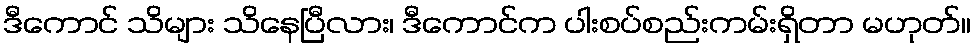
ဒီကောင် သိများ သိနေပြီလား၊ ဒီကောင်က ပါးစပ်စည်းကမ်းရှိတာ မဟုတ်။